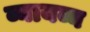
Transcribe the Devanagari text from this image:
व्यायव्य